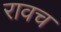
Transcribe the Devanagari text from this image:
रावच